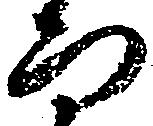
而